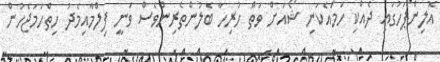
އޮލިންޕަހުގައި ދެއްކި ހަމައެކަނި ޝޯއަށް ވަތް ހުރިހާ ބެލުންތެރިންވެސް ވަނީ ފިލްމާއިމެދު ހިތްހަމަޖެހުން